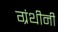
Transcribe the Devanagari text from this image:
ग्रंथीनी